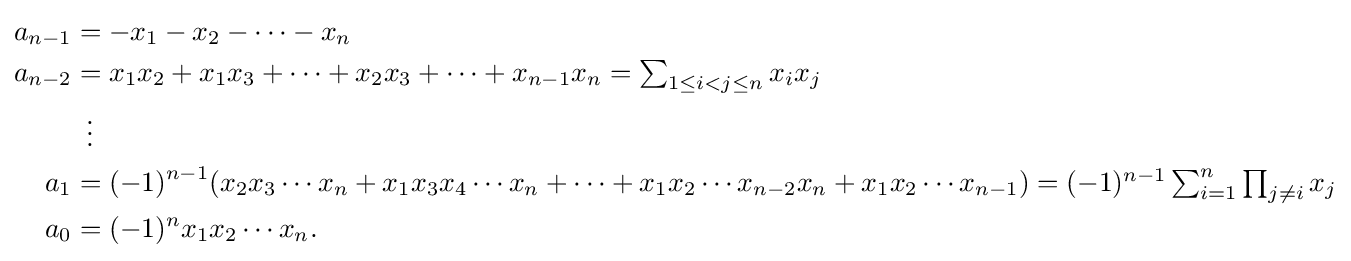
{\begin{aligned}a_{n-1}&=-x_{1}-x_{2}-\cdots -x_{n}\\a_{n-2}&=x_{1}x_{2}+x_{1}x_{3}+\cdots +x_{2}x_{3}+\cdots +x_{n-1}x_{n}=\textstyle \sum _{1\leq i<j\leq n}x_{i}x_{j}\\&{}\ \,\vdots \\a_{1}&=(-1)^{n-1}(x_{2}x_{3}\cdots x_{n}+x_{1}x_{3}x_{4}\cdots x_{n}+\cdots +x_{1}x_{2}\cdots x_{n-2}x_{n}+x_{1}x_{2}\cdots x_{n-1})=\textstyle (-1)^{n-1}\sum _{i=1}^{n}\prod _{j\neq i}x_{j}\\a_{0}&=(-1)^{n}x_{1}x_{2}\cdots x_{n}.\end{aligned}}